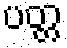
ပတ္တ